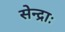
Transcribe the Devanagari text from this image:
सेन्द्राः